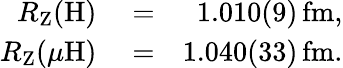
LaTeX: \begin{array}{rlr}{R_{\mathrm{Z}}(\mathrm{H})}&{{}=}&{1.010(9)\, \mathrm{fm},}\\ {R_{\mathrm{Z}}(\mu\mathrm{H})}&{{}=}&{1.040(33)\, \mathrm{fm}.}\end{array}